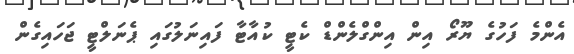
އެންމެ ފަހުގެ ޔޫރޯ އިން އިންގްލެންޑް ކެޓީ ކުއާޓާ ފައިނަލުގައި ޕެނަލްޓީ ޖަހައިގެން